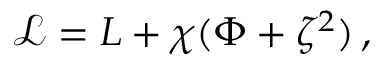
{ \mathcal L } = L + \chi ( \Phi + \zeta ^ { 2 } ) \, ,